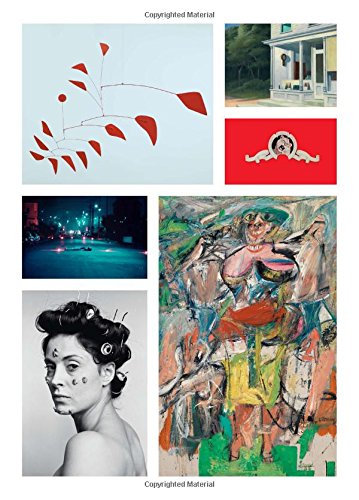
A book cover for Whitney Museum of American Art: Handbook of the Collection; Arts & Photography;